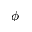
\phi